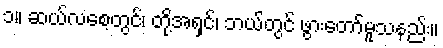
၁။ ဆယ်လစေ့တွင်၊ တို့အရှင်၊ ဘယ်တွင် ဖွားတော်မူသနည်း။